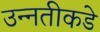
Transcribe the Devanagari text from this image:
उन्‍नतीकडे